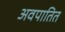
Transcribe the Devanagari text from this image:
अवपातित